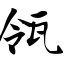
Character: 瓴